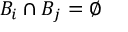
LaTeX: B _ { i } \cap B _ { j } = \varnothing